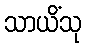
သာယိံသု